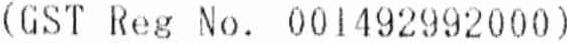
(GST REG NO. 001492992000)